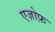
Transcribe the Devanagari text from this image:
एज़ोफ़